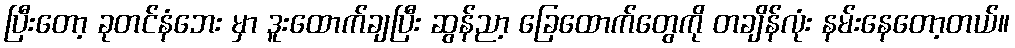
ပြီးတော့ ခုတင်နံဘေး မှာ ဒူးထောက်ချပြီး ဆွန်ညာ့ ခြေထောက်တွေကို တချိန်လုံး နမ်းနေတော့တယ်။